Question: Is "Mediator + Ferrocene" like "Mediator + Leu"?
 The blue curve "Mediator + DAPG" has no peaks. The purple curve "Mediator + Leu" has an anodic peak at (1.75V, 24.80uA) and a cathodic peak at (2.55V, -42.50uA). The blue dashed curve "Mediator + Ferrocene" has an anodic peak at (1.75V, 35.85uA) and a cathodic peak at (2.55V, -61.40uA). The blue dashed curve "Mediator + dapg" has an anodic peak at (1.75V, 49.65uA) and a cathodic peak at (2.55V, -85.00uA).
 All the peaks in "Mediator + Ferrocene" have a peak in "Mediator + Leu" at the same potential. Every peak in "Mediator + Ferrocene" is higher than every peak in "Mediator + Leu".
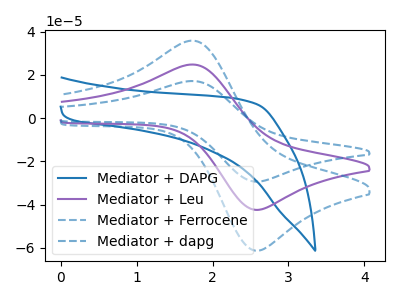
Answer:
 <answer>"Mediator + Ferrocene" and "Mediator + Leu" are similar in shape.</answer>
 <eval>same_shape</eval>